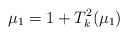
\begin{align*} \mu _1 = 1 + T_k ^2 ( \mu _1) \end{align*}